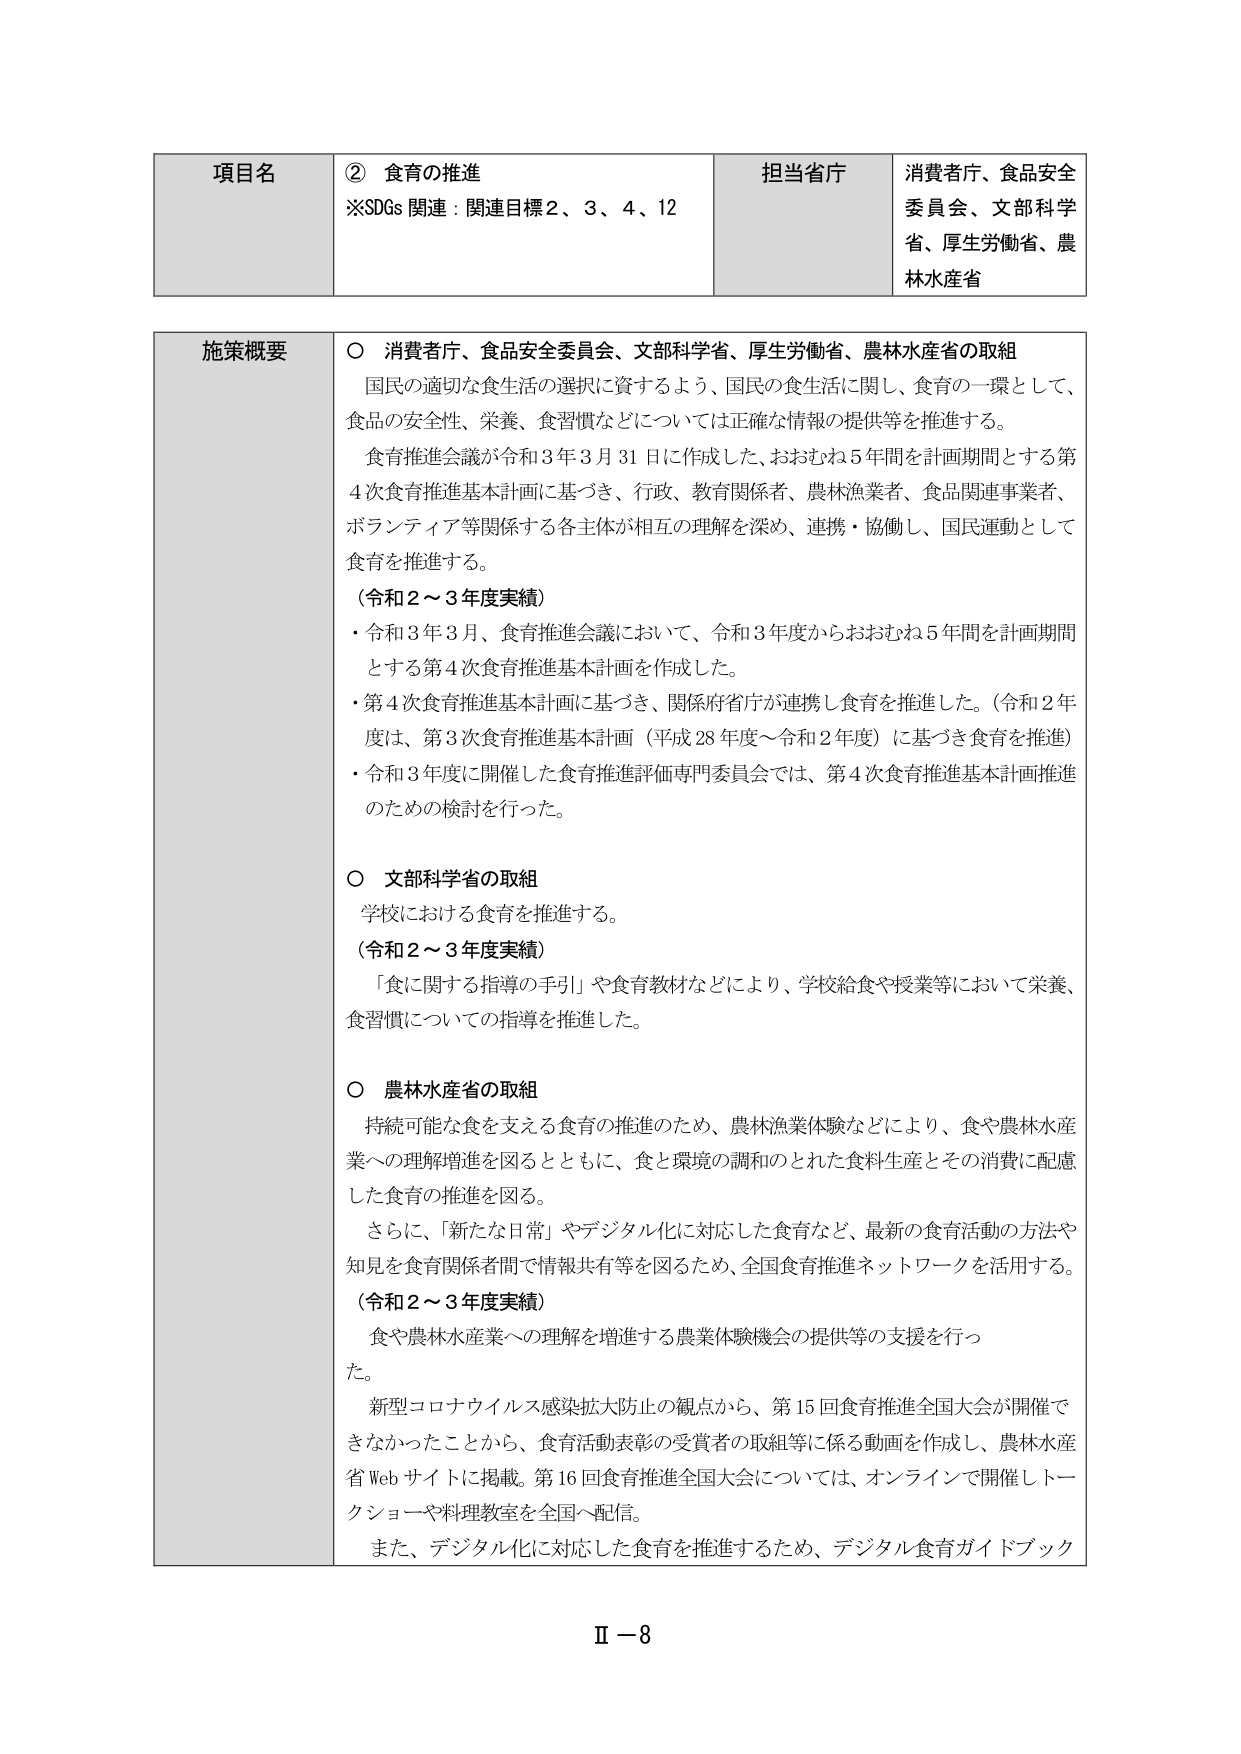
項目名　② 食育の推進
※SDGs 関連：関連目標2、3、4、12

担当省庁　消費者庁、食品安全委員会、文部科学省、厚生労働省、農林水産省

施策概要
○ 消費者庁、食品安全委員会、文部科学省、厚生労働省、農林水産省の取組
　国民の適切な食生活の選択に資するよう、国民の食生活に関し、食育の一環として、
　食品の安全性、栄養、食習慣などについては正確な情報の提供等を推進する。
　食育推進会議が令和3年3月31日に作成した、おおむね5年間を計画期間とする第
　4次食育推進基本計画に基づき、行政、教育関係者、農林漁業者、食品関連事業者、
　ボランティア等関係する各主体が相互の理解を深め、連携・協働し、国民運動として
　食育を推進する。
　（令和2～3年度実績）
　・令和3年3月、食育推進会議において、令和3年度からおおむね5年間を計画期間
　　とする第4次食育推進基本計画を作成した。
　・第4次食育推進基本計画に基づき、関係府省庁が連携し食育を推進した。（令和2年
　　度は、第3次食育推進基本計画（平成28年度～令和2年度）に基づき食育を推進）
　・令和3年度に開催した食育推進評価専門委員会では、第4次食育推進基本計画推進
　　のための検討を行った。

○ 文部科学省の取組
　学校における食育を推進する。
　（令和2～3年度実績）
　「食に関する指導の手引」や食育教材などにより、学校給食や授業等において栄養、
　食習慣についての指導を推進した。

○ 農林水産省の取組
　持続可能な食を支える食育の推進のため、農林漁業体験などにより、食や農林水産
　業への理解増進を図るとともに、食と環境の調和のとれた食料生産とその消費に配慮
　した食育の推進を図る。
　さらに、「新たな日常」やデジタル化に対応した食育など、最新の食育活動の方法や
　知見を食育関係者間で情報共有等を図るため、全国食育推進ネットワークを活用する。
　（令和2～3年度実績）
　食や農林水産業への理解を増進する農業体験機会の提供等の支援を行った。
　新型コロナウイルス感染拡大防止の観点から、第15回食育推進全国大会が開催できなかったことから、食育活動表彰の受賞者の取組等に係る動画を作成し、農林水産省Webサイトに掲載。第16回食育推進全国大会については、オンラインで開催しトークショーや料理教室を全国へ配信。
　また、デジタル化に対応した食育を推進するため、デジタル食育ガイドブック

Ⅱ－8